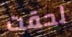
لحقت